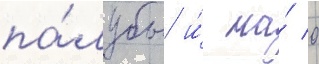
па́лубы и́ на́ 0